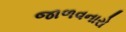
જાળવનારો